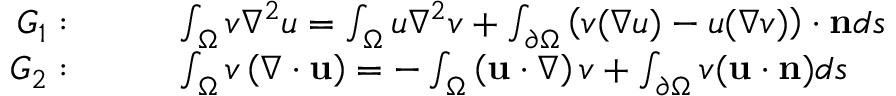
\begin{array} { r l } { G _ { 1 } : } & { \quad \quad \int _ { \Omega } v \nabla ^ { 2 } u = \int _ { \Omega } u \nabla ^ { 2 } v + \int _ { \partial \Omega } \left( v ( \nabla u ) - u ( \nabla v ) \right) \cdot \mathbf { n } d s \ } \\ { G _ { 2 } : } & { \quad \quad \int _ { \Omega } v \left( \nabla \cdot \mathbf { u } \right) = - \int _ { \Omega } \left( \mathbf { u } \cdot \nabla \right) v + \int _ { \partial \Omega } v ( \mathbf { u } \cdot \mathbf { n } ) d s } \end{array}